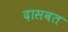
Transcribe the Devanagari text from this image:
दासवत